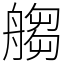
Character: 䑼